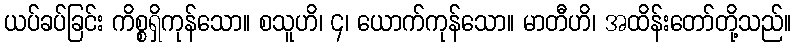
ယပ်ခပ်ခြင်း ကိစ္စရှိကုန်သော။ စသူဟိ၊ ၄၊ ယောက်ကုန်သော။ မာတီဟိ၊ အထိန်းတော်တို့သည်။